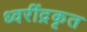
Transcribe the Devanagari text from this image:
ध्वरींद्रकृत